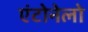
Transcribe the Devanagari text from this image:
एंटोनेलो